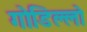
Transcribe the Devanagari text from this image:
गोडिल्लो